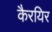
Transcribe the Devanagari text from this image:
कैरयिर